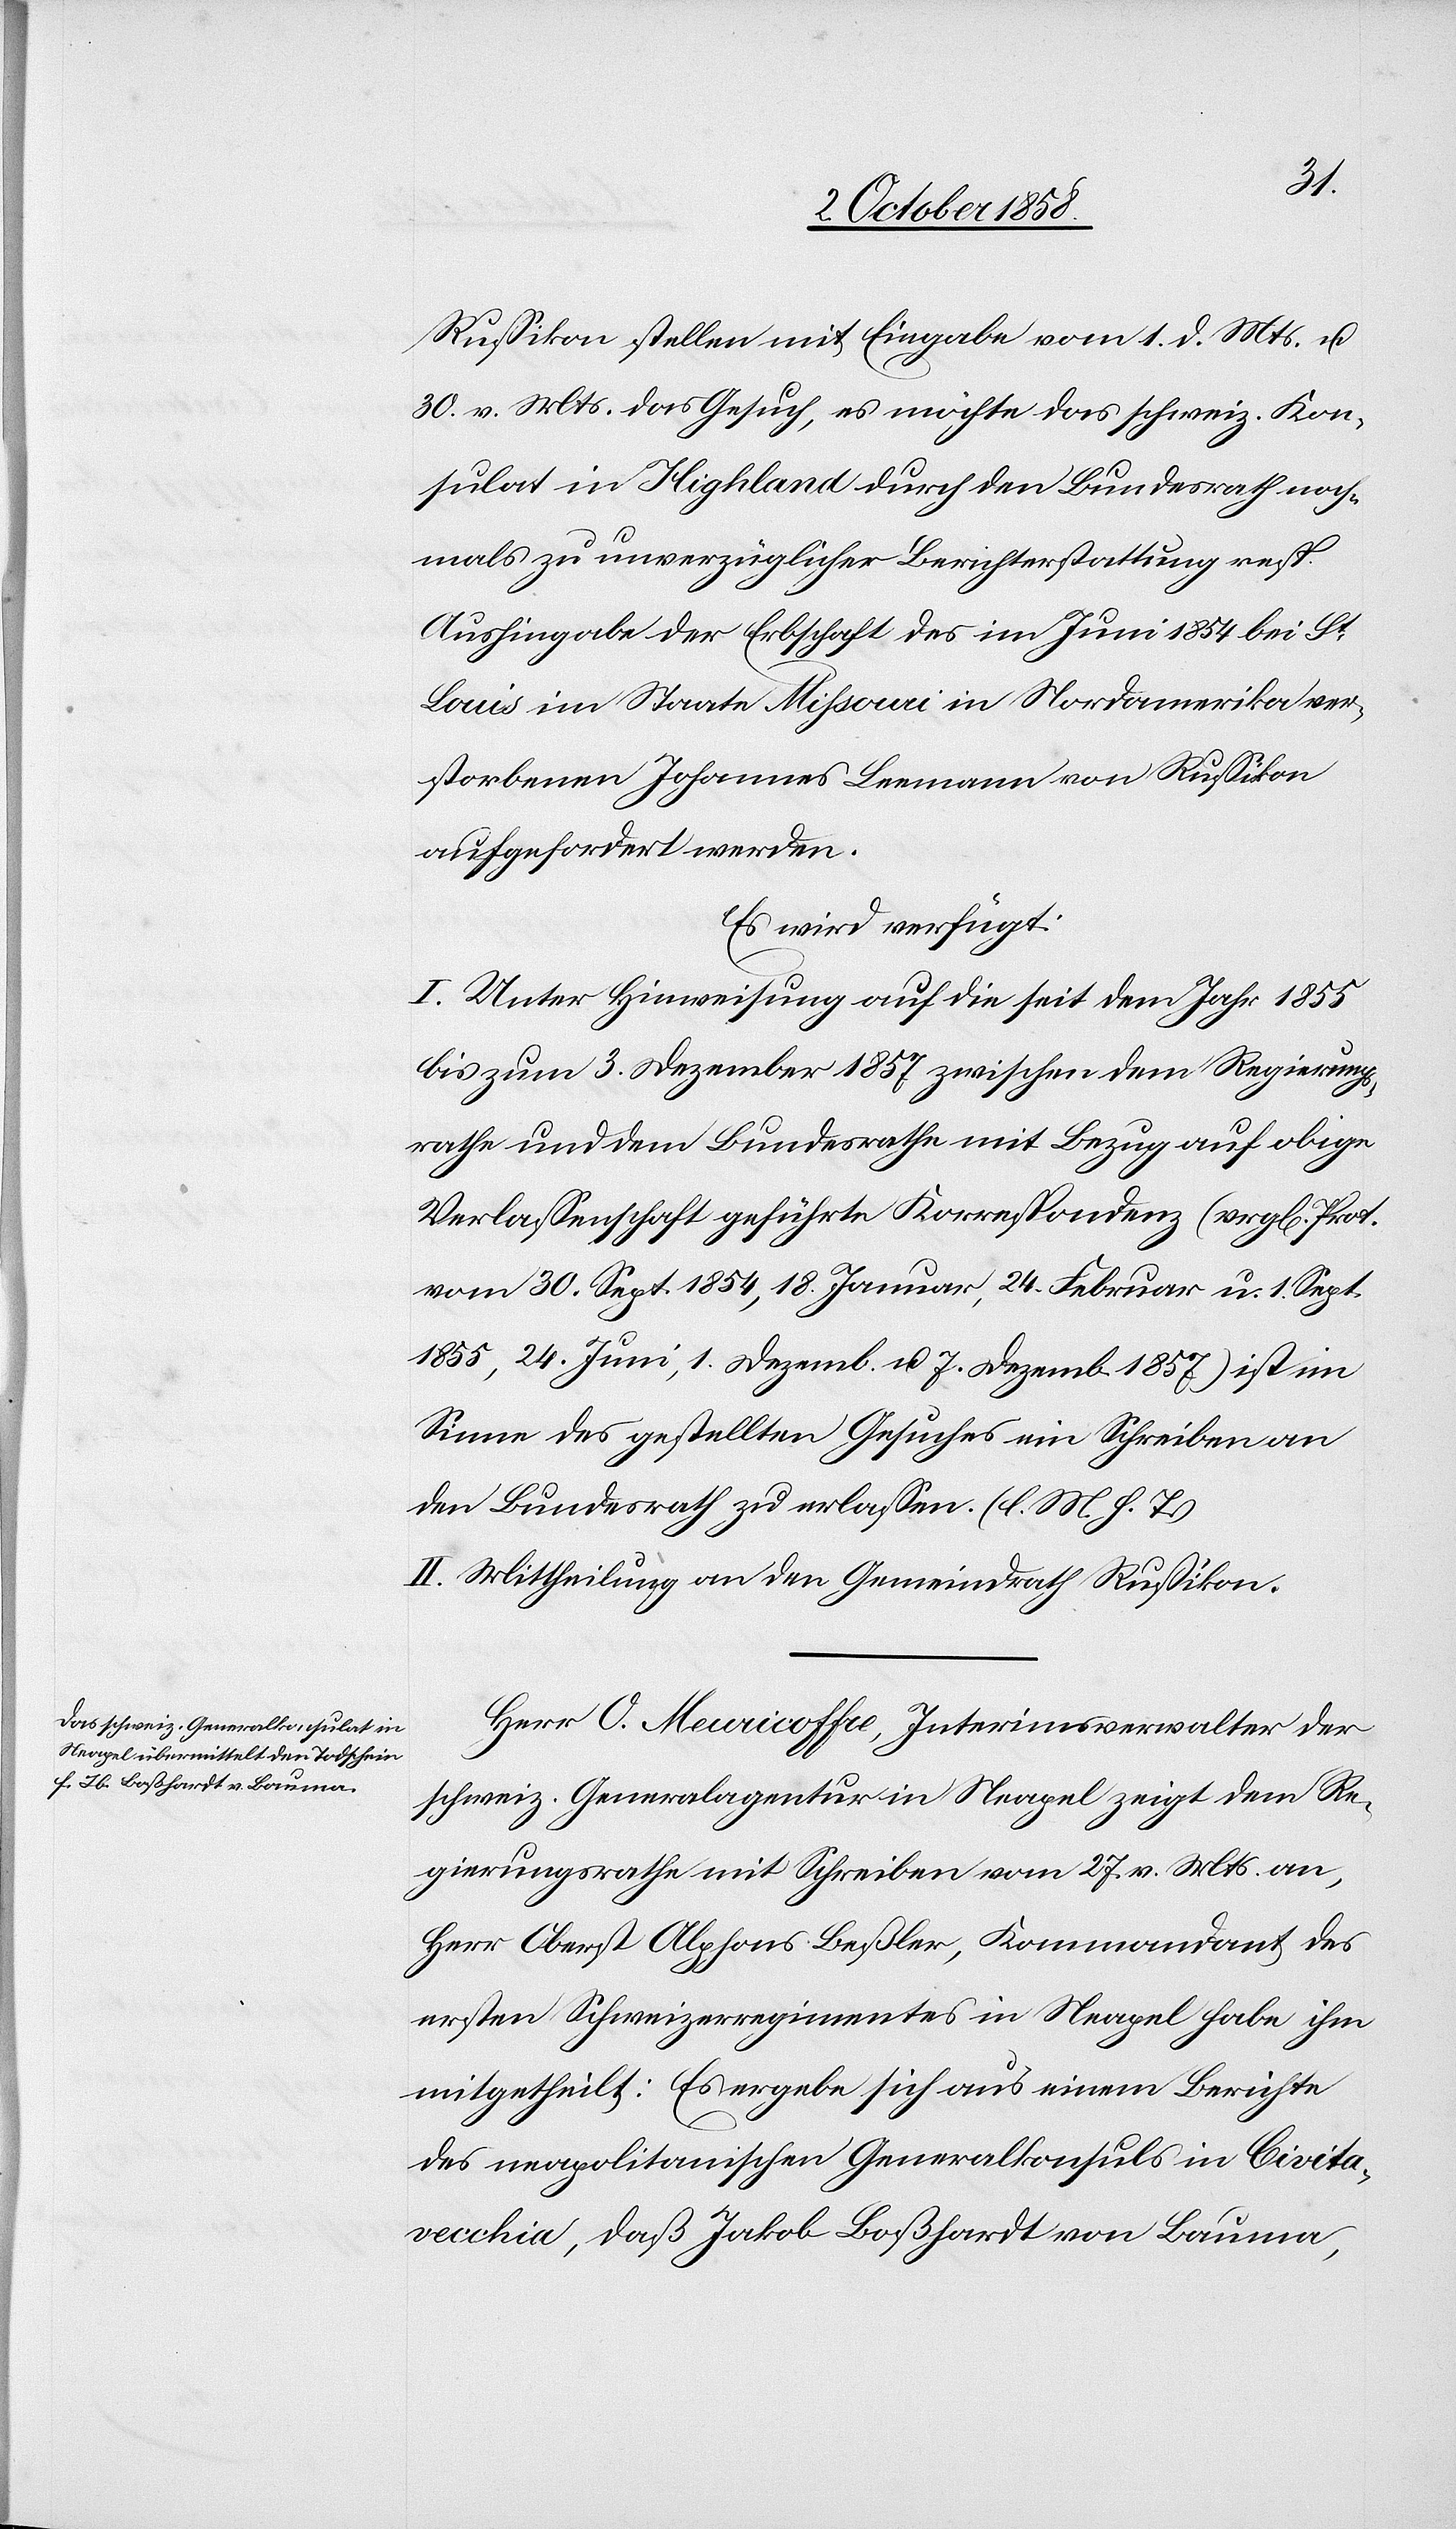
4. October 1858.]
Russikon stellen mit Eingabe vom 1. d. Mts. u.
30. v. Mts. das Gesuch, es möchte das schweiz. Kon¬
sulat in Highland durch den Bundesrath noch¬
mals zu unverzüglicher Berichterstattung resp.
Aushingabe der Erbschaft des im Juni 1854 bei St.
Louis im Staate Missouri in Nordamerika ver¬
storbenen Johannes Leemann von Russikon
aufgefordert werden.
Es wird verfügt:
I. Unter Hinweisung auf die seit dem Jahr 1855
bis zum 3. Dezember 1857 zwischen dem Regierungs¬
rathe und dem Bundesrathe mit Bezug auf obige
Verlassenschaft geführte Korrespondenz (vergl[eiche]
vom 30. Sept. 1854, 18. Januar, 24. Februar u. 1. Sept.
1855, 24. Juni, 1. Dezemb. & 7. Dezemb. 1857) ist im
Sinne des gestellten Gesuches ein Schreiben an
den Bundesrath zu erlassen. (l. M. h. T.)
II. Mittheilung an den Gemeindrath Russikon.
Herr O. Meuricoffre, Interimsverwalter der
schweiz. Generalagentur in Neapel zeigt dem Re¬
gierungsrathe mit Schreiben vom 27. v. Mts. an,
Herr Oberst Alphons Beßler, Kommandant des
ersten Schweizerregimentes in Neapel habe ihm
mitgetheilt: Es ergebe sich aus einem Berichte
des neapolitanischen Generalkonsuls in Civita¬
vecchia, daß Jakob Boßhardt von Bauma,